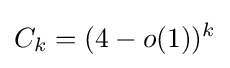
C_{k}=(4-o(1))^{k}